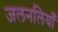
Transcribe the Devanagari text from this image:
जलनलियाँ